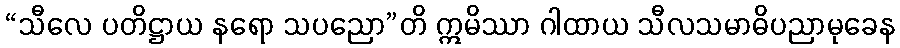
“သီလေ ပတိဋ္ဌာယ နရော သပညော”တိ ဣမိဿာ ဂါထာယ သီလသမာဓိပညာမုခေန